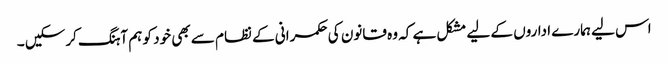
اس لیے ہمارے اداروں کے لیے مشکل ہے کہ وہ قانون کی حکمرانی کے نظام سے بھی خود کو ہم آہنگ کرسکیں ۔